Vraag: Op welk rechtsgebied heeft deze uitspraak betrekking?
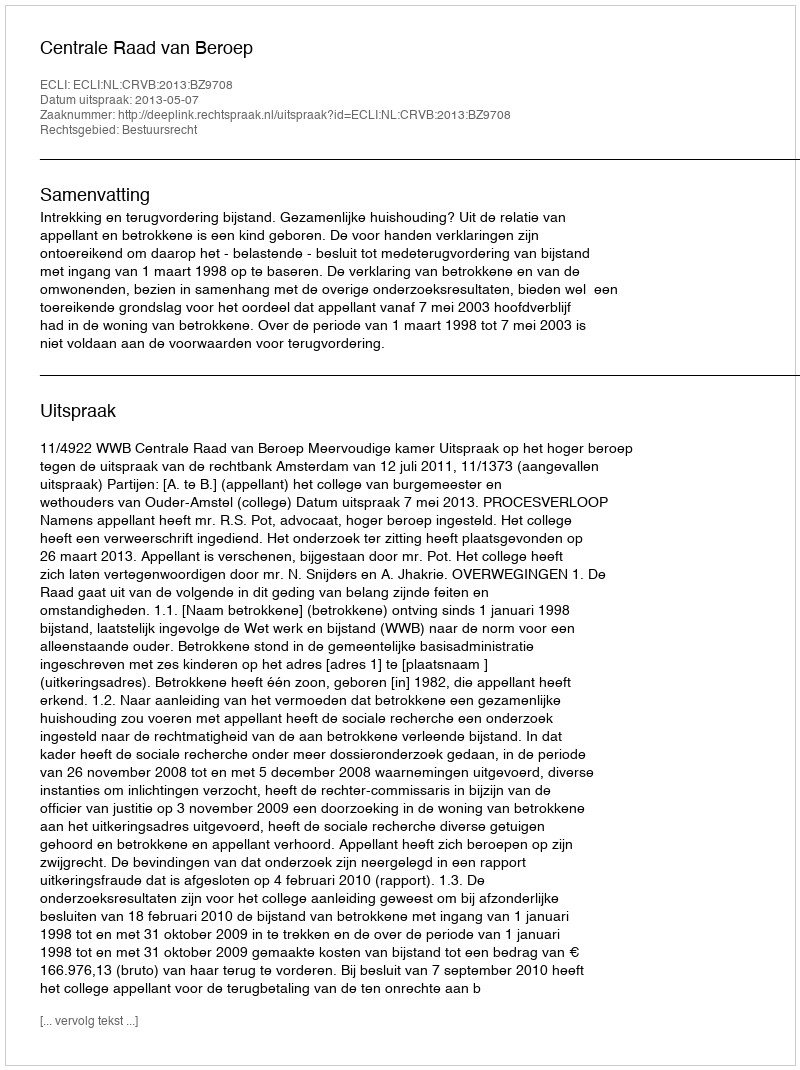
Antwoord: Bestuursrecht